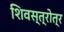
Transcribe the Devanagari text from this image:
शिवस्त्रोत्र